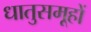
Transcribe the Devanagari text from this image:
धातुसमूहों